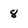
Character: 8